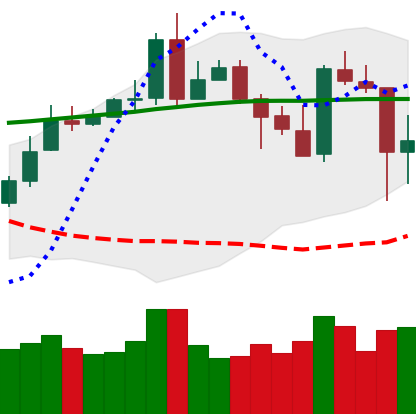
Ticker: XMR-USD
Chart end date: 2020-05-11
Forward return: 9.733%
Label: up_7plus